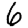
Digit: 6